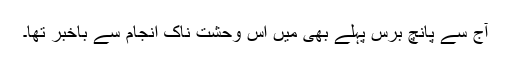
آج سے پانچ برس پہلے بھی میں اس وحشت ناک انجام سے باخبر تھا۔